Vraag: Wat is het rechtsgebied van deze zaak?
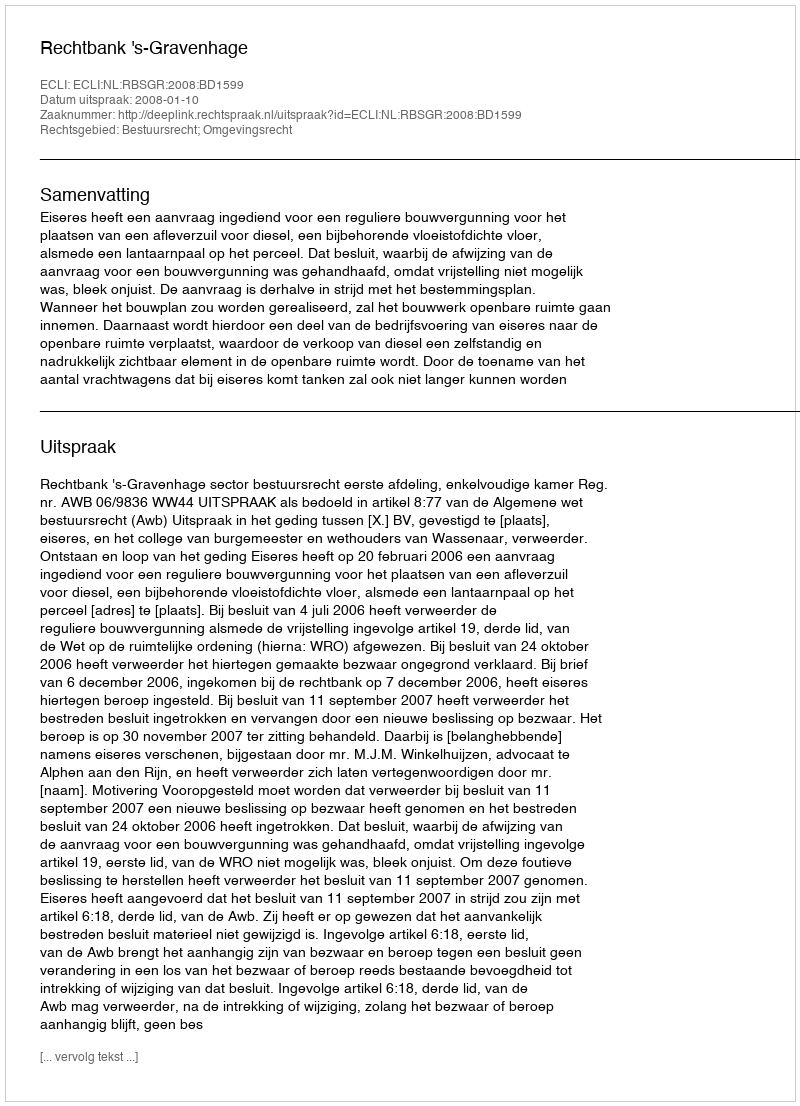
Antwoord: Bestuursrecht; Omgevingsrecht